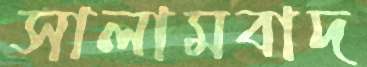
সালামবাদ